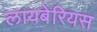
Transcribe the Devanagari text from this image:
लायबेरियस